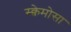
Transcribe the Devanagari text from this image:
स्क्वेमोसा